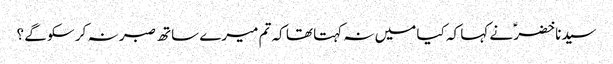
سیدنا خضرؑ نے کہا کہ کیا میں نہ کہتا تھا کہ تم میرے ساتھ صبر نہ کر سکو گے ؟